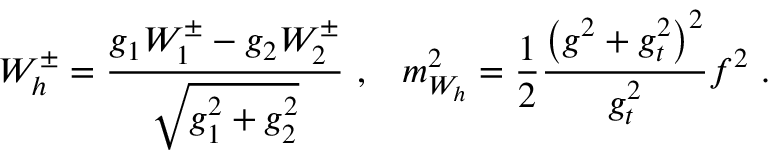
W _ { h } ^ { \pm } = \frac { g _ { 1 } W _ { 1 } ^ { \pm } - g _ { 2 } W _ { 2 } ^ { \pm } } { \sqrt { g _ { 1 } ^ { 2 } + g _ { 2 } ^ { 2 } } } \, \, , \; \; \; m _ { W _ { h } } ^ { 2 } = \frac { 1 } { 2 } \frac { \left( g ^ { 2 } + g _ { t } ^ { 2 } \right) ^ { 2 } } { g _ { t } ^ { 2 } } f ^ { 2 } \, \, .